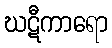
ဃဋီကာရော